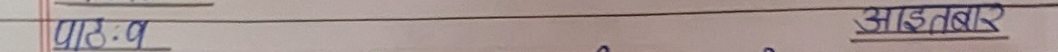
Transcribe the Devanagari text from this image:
पाठ-४ साइट नम्बर